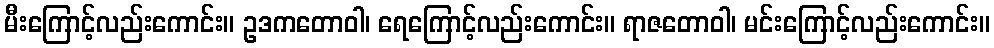
မီးကြောင့်လည်းကောင်း။ ဥဒကတောဝါ၊ ရေကြောင့်လည်းကောင်း။ ရာဇတောဝါ၊ မင်းကြောင့်လည်းကောင်း။